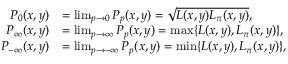
\begin{array} { r l } { P _ { 0 } ( x , y ) } & { = \operatorname* { l i m } _ { p \to 0 } P _ { p } ( x , y ) = \sqrt { L ( x , y ) L _ { \pi } ( x , y ) } , } \\ { P _ { \infty } ( x , y ) } & { = \operatorname* { l i m } _ { p \to \infty } P _ { p } ( x , y ) = \operatorname* { m a x } \{ L ( x , y ) , L _ { \pi } ( x , y ) \} , } \\ { P _ { - \infty } ( x , y ) } & { = \operatorname* { l i m } _ { p \to - \infty } P _ { p } ( x , y ) = \operatorname* { m i n } \{ L ( x , y ) , L _ { \pi } ( x , y ) \} , } \end{array}